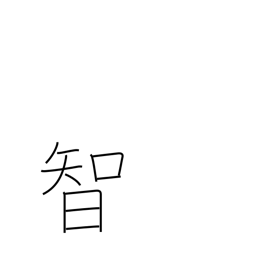
Meaning: intellect